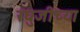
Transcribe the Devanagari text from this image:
रघुजीच्या